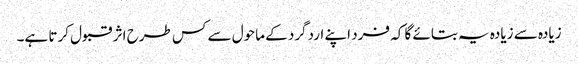
زیادہ سے زیادہ یہ بتائے گا کہ فرد اپنے اردگرد کے ماحول سے کس طرح اثر قبول کرتا ہے۔